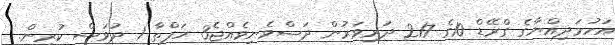
އަހުމަދިއްޔާގެ ގްރޭޑް 10ގެ 217 ދަރިިވަރުން ދަސްވެނިވެއްޖެ3 ހަފްތާ 1 ދުވަސް ކުރިން.